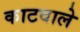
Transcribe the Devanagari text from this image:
काटवाले